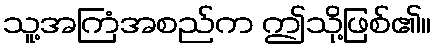
သူ့အကြံအစည်က ဤသို့ဖြစ်၏။